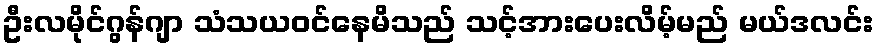
ဦးလမိုင်ဂွန်ဂျာ သံသယဝင်နေမိသည် သင့်အားပေးလိမ့်မည် မယ်ဒလင်း